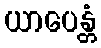
ယာပေန္တံ